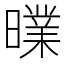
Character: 曗